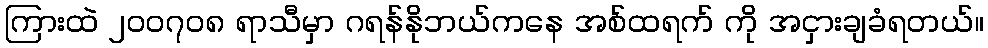
ကြားထဲ ၂၀၀၇၀၈ ရာသီမှာ ဂရန်နိုဘယ်ကနေ အစ်ထရက် ကို အငှားချခံရတယ်။